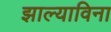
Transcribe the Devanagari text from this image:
झाल्याविना